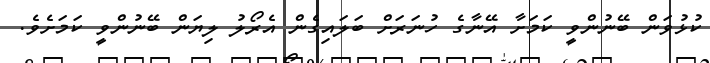
ކުޅުވަން ބޭނުންވީ ކަމަށާ އޭނާގެ ހުނަރަށް ބަލައިގެން އެރޯލު ލިޔަން ބޭނުންވީ ކަމަށެވެ.